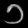
Digit: ၁